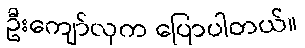
ဦးကျော်လှက ပြောပါတယ်။